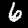
Digit: 6